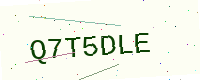
Text: Q7T5DLE